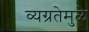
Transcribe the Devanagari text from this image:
व्यग्रतेमुळे